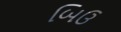
બિઉ